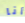
أنا